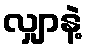
လျှာနဲ့